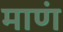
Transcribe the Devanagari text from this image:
माणं